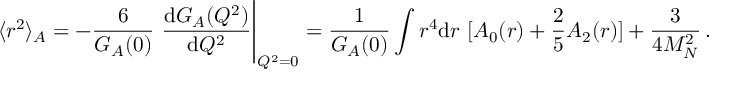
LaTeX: \langle r ^ { 2 } \rangle _ { A } = - \frac { 6 } { G _ { A } ( 0 ) } \ \frac { \mathrm { d } G _ { A } ( Q ^ { 2 } ) } { \mathrm { d } Q ^ { 2 } } \Bigg \vert _ { Q ^ { 2 } = 0 } = \frac { 1 } { G _ { A } ( 0 ) } \int r ^ { 4 } \mathrm { d } r \ [ A _ { 0 } ( r ) + \frac { 2 } { 5 } A _ { 2 } ( r ) ] + \frac { 3 } { 4 M _ { N } ^ { 2 } } \, .